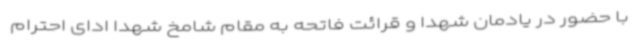
با حضور در یادمان شهدا و قرائت فاتحه به مقام شامخ شهدا ادای احترام